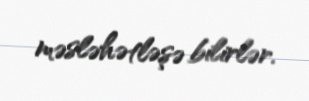
məsləhətləşə bilirlər.